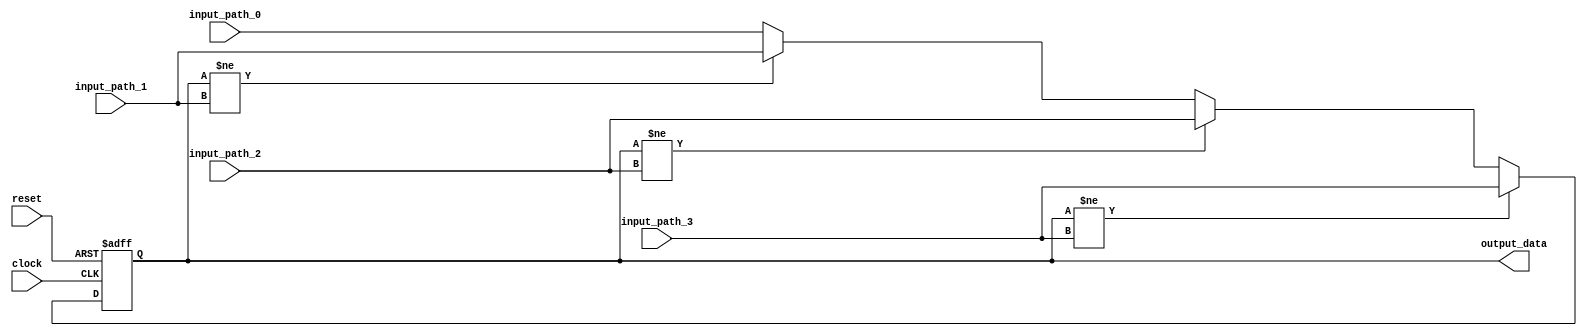
module Bypass_Register (
    input wire [3:0] input_path_0,
    input wire [3:0] input_path_1,
    input wire [3:0] input_path_2,
    input wire [3:0] input_path_3,
    input wire clock,
    input wire reset,
    output reg [3:0] output_data
);

reg [3:0] register_data;

always @(posedge clock or posedge reset) begin
    if (reset) begin
        register_data <= 4'b0000;
    end else begin
        register_data <= input_path_0;
        if (register_data != input_path_1) begin
            register_data <= input_path_1;
        end
        if (register_data != input_path_2) begin
            register_data <= input_path_2;
        end
        if (register_data != input_path_3) begin
            register_data <= input_path_3;
        end
    end
end

assign output_data = register_data;

endmodule